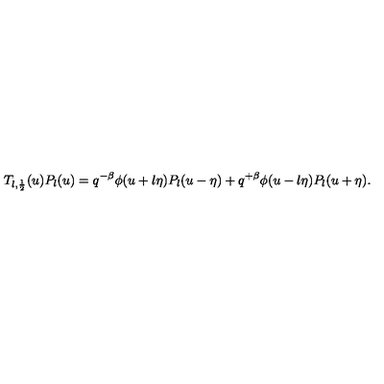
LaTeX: T _ { l , \frac 1 2 } ( u ) P _ { l } ( u ) = q ^ { - \beta } \phi ( u + l \eta ) P _ { l } ( u - \eta ) + q ^ { + \beta } \phi ( u - l \eta ) P _ { l } ( u + \eta ) .